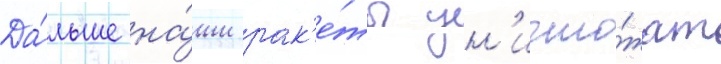
Да́льше на́ши рак'е́ты ун'ичто́жат